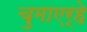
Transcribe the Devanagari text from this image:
चुमाएर्हे